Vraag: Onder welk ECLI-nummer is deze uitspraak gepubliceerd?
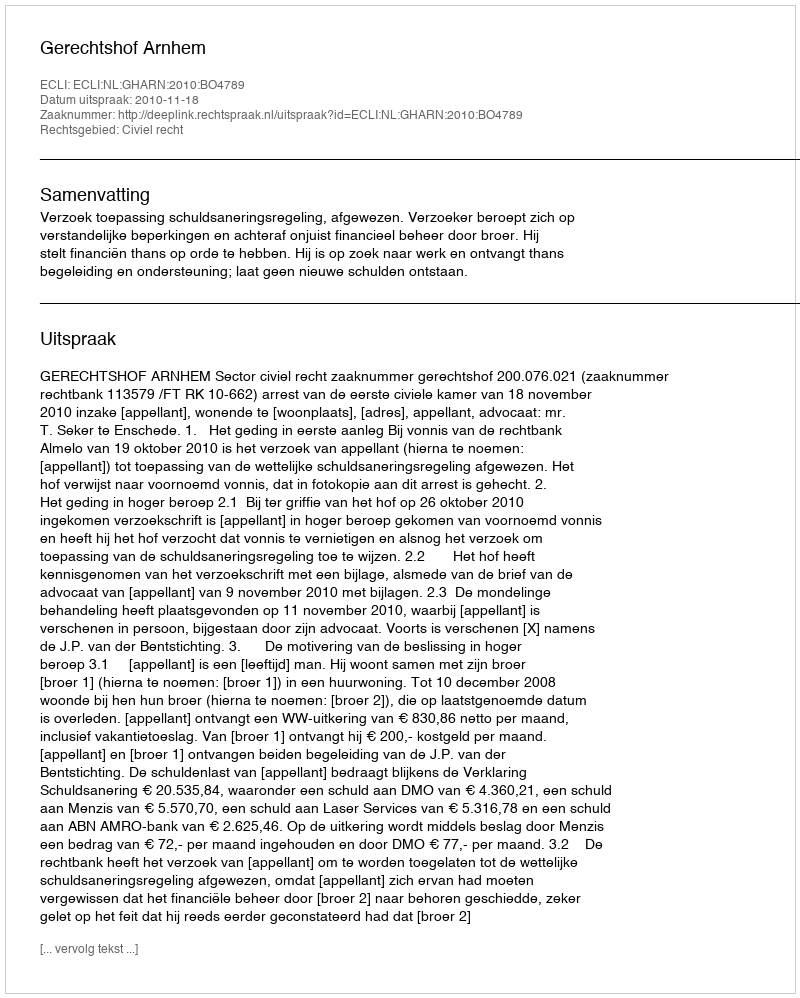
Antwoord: ECLI:NL:GHARN:2010:BO4789